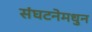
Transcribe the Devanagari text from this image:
संघटनेमधुन